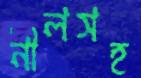
নীলসহ